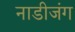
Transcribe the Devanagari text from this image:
नाडीजंग